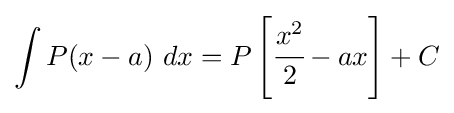
\int P(x-a)~dx=P\left[{\cfrac {x^{2}}{2}}-ax\right]+C